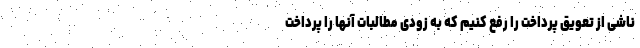
ناشی از تعویق پرداخت را رفع کنیم که به زودی مطالبات آنها را پرداخت